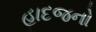
હાદજનો